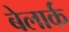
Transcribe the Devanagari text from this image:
बेलार्क